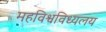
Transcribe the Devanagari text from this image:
महविश्वविध्यलय